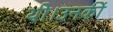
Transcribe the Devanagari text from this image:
थी।उनकीं